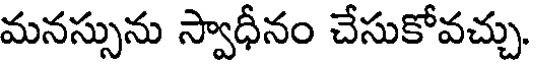
మనస్సును స్వాధీనం చేసుకోవచ్చు.